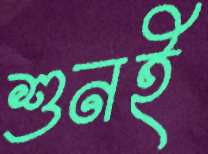
শুনই